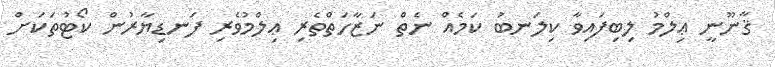
ޤާނޫނީ ޢިލްމު ލިބިފައިވާ ކިލަނބު ކަމެއް ނެތް ނަޒާހަތްތެރި ޢިލްމުވެރި ފަނޑިޔާރުން ކޯޓުތަކަށް